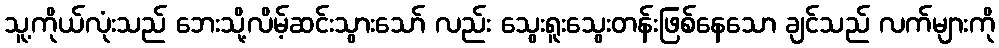
သူ့ကိုယ်လုံးသည် ဘေးသို့လိမ့်ဆင်းသွားသော် လည်း သွေးရူးသွေးတန်းဖြစ်နေသော ချင်သည် လက်များကို